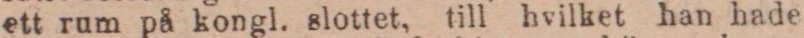
ett rum på kongl. slottet, till hvilket han hade